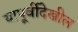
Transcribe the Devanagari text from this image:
यापूर्वीदेखील